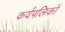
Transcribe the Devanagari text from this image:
कर्यपलिकों